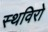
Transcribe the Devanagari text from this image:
स्थविरो